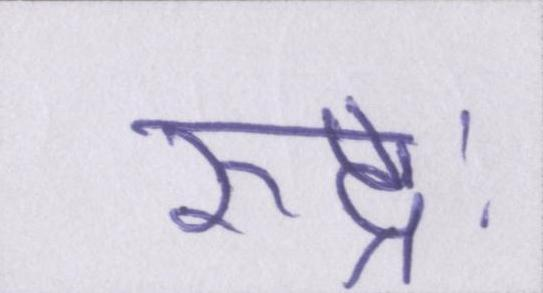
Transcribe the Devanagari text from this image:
रुद्रः